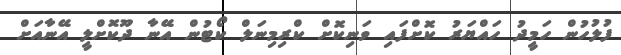
ފުލުހުން ހަމީދު ހައްޔަރު ކޮށްފައި ވަނިކޮށް ކްރިމިނަލް ކޯޓުން އޭނާ ދޫކޮށްލީ އޭނާއަށް